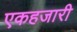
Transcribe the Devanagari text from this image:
एकहजारी